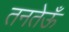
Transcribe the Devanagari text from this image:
तनतेऊँ